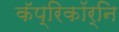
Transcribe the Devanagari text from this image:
कॅप्रिकॉर्नि